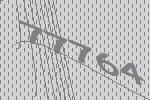
77764